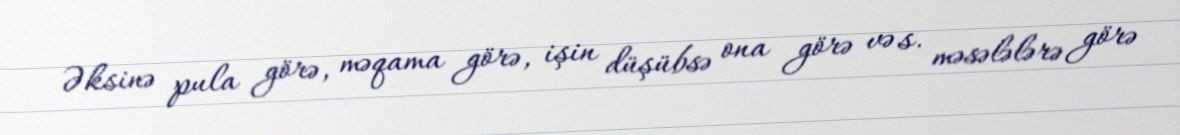
Əksinə pula görə, məqama görə, işin düşübsə ona görə və s. məsələlərə görə